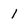
Character: 1